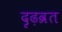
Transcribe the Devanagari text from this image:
दृढ़व्रत